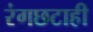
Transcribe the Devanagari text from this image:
रंगछटाही